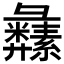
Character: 𦇚